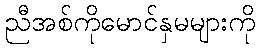
ညီအစ်ကိုမောင်နှမများကို